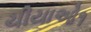
ચીયાઓ૧